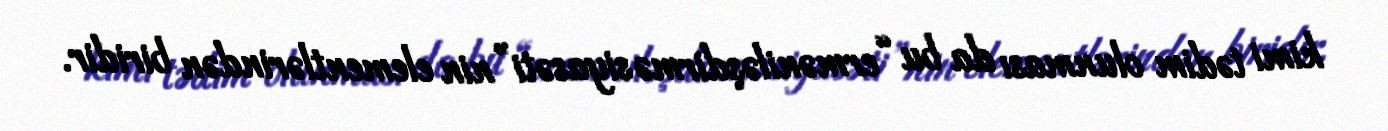
kimi tədim olunması da bu “erməniləşdirmə siyasəti”nin elementlərindən biridir.